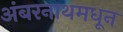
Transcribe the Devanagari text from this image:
अंबरनाथमधून